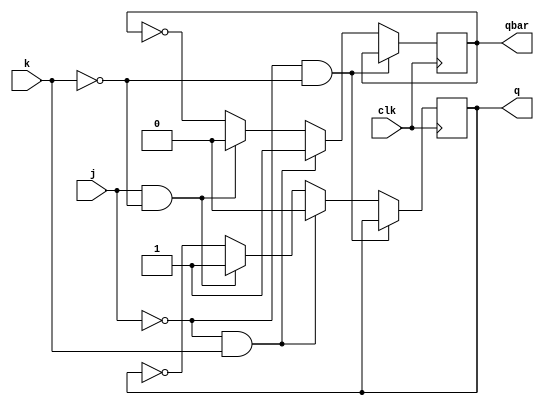
module jk(input j,input k,input clk, output reg q, output reg qbar);
always@(posedge clk)
begin
if (j==0 && k==0)
begin
q<=q;
qbar<=qbar;
end
else if (j==0 && k==1)
begin
q<=0; qbar<=1;
end 
else if (j==1 && k==0)
begin 
q<=1; qbar<=0;
end
else 
begin 
q<=~q;
qbar<=~qbar;
end
end
endmodule

module jk_tb();
reg j,k,clk; wire q, qbar;
jk u1(.j(j), .k(k), .clk(clk), .q(q), .qbar(qbar));
initial begin
	$dumpfile("jk.vcd");
	$dumpvars(-1, u1);
end

always begin
clk=~clk;#5;
end
initial begin
j=1;k=0; clk=0;#10;
j=0;k=0;#10;
j=0;k=1;#10;
j=1;k=1;#10;
#40 $finish;
end
endmodule